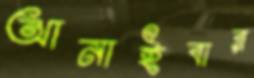
আনাইবার